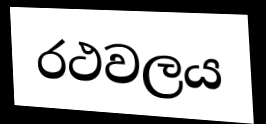
රථවලය